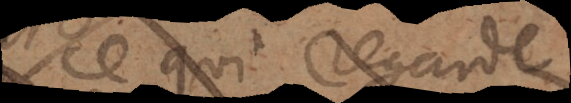
ce qui regarde